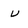
Character: U